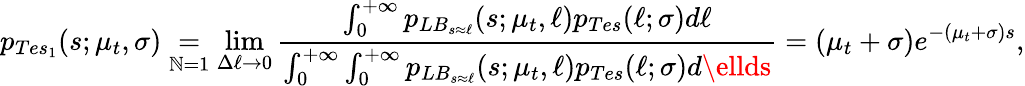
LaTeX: p_{Tes_{1}}(s;\mu_{t},\sigma)\underset{\mathbb{N}=1}{=}\operatorname*{lim}_{\Delta\ell\rightarrow0}\frac{{\int_{0}^{+\infty}p_{LB_{s\approx\ell}}(s;\mu_{t},\ell)p_{Tes}(\ell;\sigma)d\ell}}{{\int_{0}^{+\infty}\int_{0}^{+\infty}p_{LB_{s\approx\ell}}(s;\mu_{t},\ell)p_{Tes}(\ell;\sigma)d\ellds}}=(\mu_{t}+\sigma)e^{-(\mu_{t}+\sigma)s},